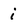
Character: i